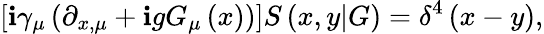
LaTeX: \left[\mathbf{i}\gamma_{\mu}\left(\partial_{x,\mu}+\mathbf{i}gG_{\mu}\left(x\right)\right)\right]S\left(x,y|G\right)=\delta^{4}\left(x-y\right),